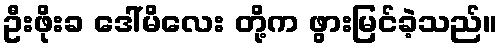
ဦးဖိုးခ ဒေါ်မိလေး တို့က ဖွားမြင်ခဲ့သည်။